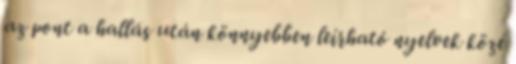
az pont a hallás után könnyebben leírható nyelvek közé